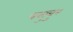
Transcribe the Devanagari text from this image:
पलुवुर